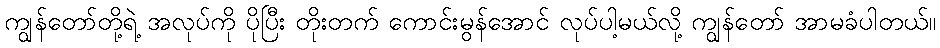
ကျွန်တော်တို့ရဲ့ အလုပ်ကို ပိုပြီး တိုးတက် ကောင်းမွန်အောင် လုပ်ပါ့မယ်လို့ ကျွန်တော် အာမခံပါတယ်။